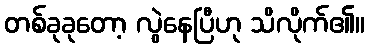
တစ်ခုခုတော့ လွဲနေပြီဟု သိလိုက်၏။